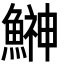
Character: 鰰